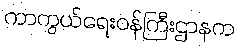
ကာကွယ်ရေးဝန်ကြီးဌာနက